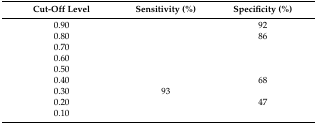
<table><thead><tr><td><b>Cut-Off Level</b></td><td><b>Sensitivity (%)</b></td><td><b>Specificity (%)</b></td></tr></thead><tbody><tr><td>0.90</td><td>[EMPTY_CELL]</td><td>92</td></tr><tr><td>0.80</td><td>[EMPTY_CELL]</td><td>86</td></tr><tr><td>0.70</td><td>[EMPTY_CELL]</td><td>[EMPTY_CELL]</td></tr><tr><td>0.60</td><td>[EMPTY_CELL]</td><td>[EMPTY_CELL]</td></tr><tr><td>0.50</td><td>[EMPTY_CELL]</td><td>[EMPTY_CELL]</td></tr><tr><td>0.40</td><td>[EMPTY_CELL]</td><td>68</td></tr><tr><td>0.30</td><td>93</td><td>[EMPTY_CELL]</td></tr><tr><td>0.20</td><td>[EMPTY_CELL]</td><td>47</td></tr><tr><td>0.10</td><td>[EMPTY_CELL]</td><td>[EMPTY_CELL]</td></tr></tbody></table>